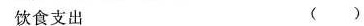
饮食支出 ( )